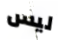
ليس